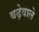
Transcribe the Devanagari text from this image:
बढ़ेवाले